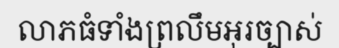
លាភធំទាំងព្រលឹមអុរច្បាស់